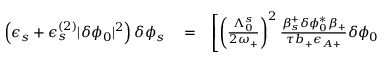
\begin{array} { r l r } { \left( \epsilon _ { s } + \epsilon _ { s } ^ { ( 2 ) } | \delta \phi _ { 0 } | ^ { 2 } \right) \delta \phi _ { s } } & { { } = } & { \left[ \left( \frac { \Lambda _ { 0 } ^ { s } } { 2 \omega _ { + } } \right) ^ { 2 } \frac { \beta _ { s } ^ { + } \delta \phi _ { 0 } ^ { * } \beta _ { + } } { \tau b _ { + } \epsilon _ { A + } } \delta \phi _ { 0 } \right. } \end{array}